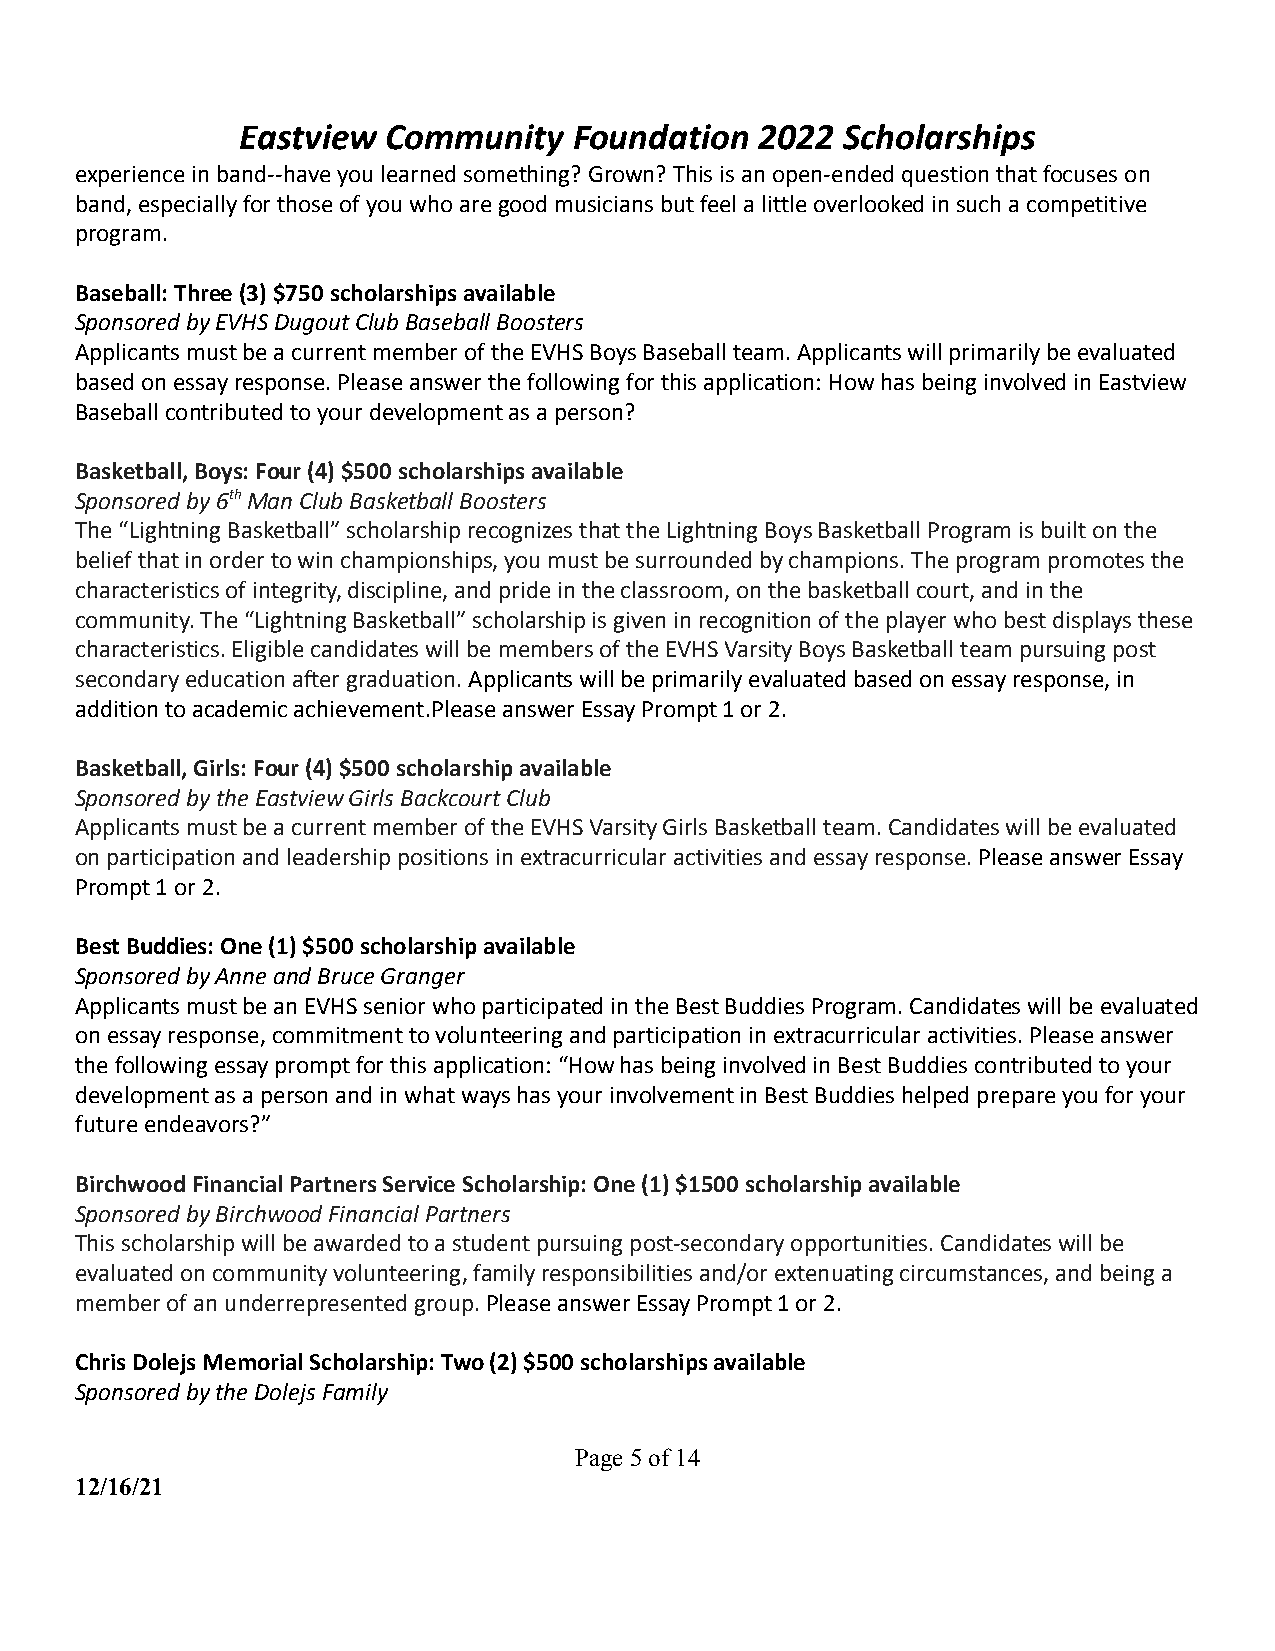
Eastview  Community   Foundation  2022  Scholarships
 experience in band--have you learned something? Grown? This is an open-ended question that focuses on
 band, especially for those of you who are good musicians but feel a little overlooked in such a competitive
 program.
 Baseball: Three (3) $750 scholarships available
 Sponsored by EVHS Dugout Club Baseball Boosters
 Applicants must be a current member of the EVHS Boys Baseball team. Applicants will primarily be evaluated
 based on essay response. Please answer the following for this application: How has being involved in Eastview
 Baseball contributed to your development as a person?
 Basketball, Boys: Four (4) $500 scholarships available
 Sponsored by 6thMan Club Basketball Boosters
 The “Lightning Basketball” scholarship recognizes that the Lightning Boys Basketball Program is built on the
 belief that in order to win championships, you must be surrounded by champions. The program promotes the
 characteristics of integrity, discipline, and pride in the classroom, on the basketball court, and in the
 community. The “Lightning Basketball” scholarship is given in recognition of the player who best displays these
 characteristics. Eligible candidates will be members of the EVHS Varsity Boys Basketball team pursuing post
 secondary education after graduation.Applicants willbe primarily evaluated based on essay response, in
 addition to academic achievement.Please answer Essay Prompt 1 or 2.
 Basketball, Girls: Four (4) $500 scholarship available
 Sponsored by the Eastview Girls Backcourt Club
 Applicants must be a current member of the EVHS Varsity Girls Basketball team. Candidates will be evaluated
 on participation and leadership positions in extracurricular activities and essay response.Please answer Essay
 Prompt 1 or 2.
 Best Buddies: One (1) $500 scholarship available
 Sponsored by Anne and Bruce Granger
 Applicants must be an EVHS senior who participated in the Best Buddies Program. Candidates will be evaluated
 on essay response, commitment to volunteering and participation in extracurricular activities. Please answer
 the following essay prompt for this application: “How has being involved in Best Buddies contributed to your
 development as a person and in what ways has your involvement in Best Buddies helped prepare you for your
 future endeavors?”
 Birchwood Financial Partners Service Scholarship: One (1) $1500 scholarship available
 Sponsored by Birchwood Financial Partners
 This scholarship will be awarded to a student pursuing post-secondary opportunities. Candidates will be
 evaluated on community volunteering, family responsibilities and/or extenuating circumstances, and being a
 member of an underrepresented group.Please answerEssay Prompt 1 or 2.
 Chris Dolejs Memorial Scholarship: Two (2) $500 scholarships available
 Sponsored by the Dolejs Family
 Page5of14
 12/16/21